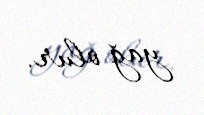
yağ olur.